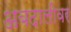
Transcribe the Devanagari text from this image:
अबदालीवर